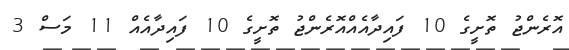
އޮރެންޖު ތޮށީގެ 10 ފައިދާއެއްއޮރެންޖު ތޮށީގެ 10 ފައިދާއެއް 11 މަސް 3